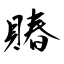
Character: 賰